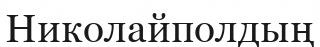
Николайполдың